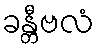
ခန္တီဗလံ